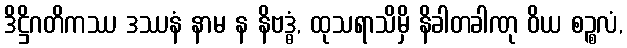
ဒိဋ္ဌိဂတိကဿ ဒဿနံ နာမ န နိဗဒ္ဓံ, ထုသရာသိမှိ နိခါတခါဏု ဝိယ စဉ္စလံ,